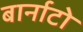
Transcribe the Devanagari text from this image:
बार्नाटो